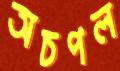
অচপল